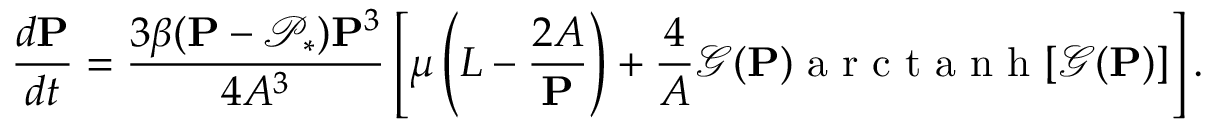
\frac { d \mathbf { P } } { d t } = \frac { 3 \beta ( \mathbf { P } - \mathcal { P } _ { * } ) \mathbf { P } ^ { 3 } } { 4 A ^ { 3 } } \left[ \mu \left( L - { \frac { 2 A } { \mathbf { P } } } \right) + { \frac { 4 } { A } } { \mathcal { G } } ( \mathbf { P } ) { \mathrm { ~ a ~ r ~ c ~ t ~ a ~ n ~ h ~ } [ { \mathcal { G } } ( \mathbf { P } ) ] } \right] .